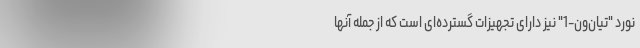
نورد "تیان‌ون-1" نیز دارای تجهیزات گسترده‌ای است که از جمله آنها